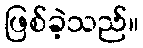
ဖြစ်ခဲ့သည်။